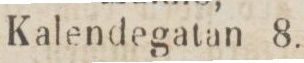
Kalendegatan 8.